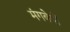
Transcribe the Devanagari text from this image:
मंगबेयों